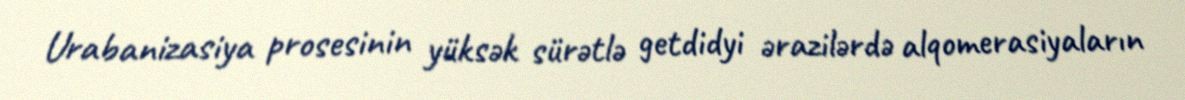
Urabanizasiya prosesinin yüksək sürətlə getdidyi ərazilərdə alqomerasiyaların